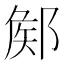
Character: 𨜫